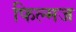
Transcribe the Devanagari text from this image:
फिल्मज